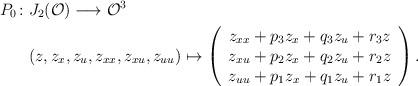
LaTeX: \begin{align*}P_0\colon&J_2(\mathcal{O})\longrightarrow\mathcal{O}^3\\&(z,z_x,z_u,z_{xx},z_{xu},z_{uu})\mapsto \left(\begin{array}{c} z_{xx}+p_3z_{x}+q_3z_{u}+r_3z\\ z_{xu}+p_2z_{x}+q_2z_{u}+r_2z\\ z_{uu}+p_1z_{x}+q_1z_{u}+r_1z \end{array}\right).\end{align*}